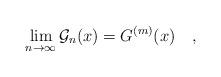
LaTeX: \begin{align*} \lim_{n\to\infty}\mathcal G_n(x)=G^{(m)}(x) \quad, \end{align*}